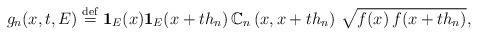
LaTeX: \begin{align*}g_{n}(x,t,E)\stackrel{\rm def}{=}{\bf 1}_{E}(x){\bf 1}_{E}(x+th_{n})\,{\Bbb C}_{n}\left( x,x+th_{n}\right) \,\sqrt{f(x)\,f(x+th_{n})}, \end{align*}